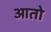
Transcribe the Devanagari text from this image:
आतो